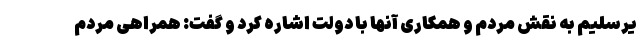
یرسلیم به نقش مردم و همکاری آنها با دولت اشاره کرد و گفت: همراهی مردم